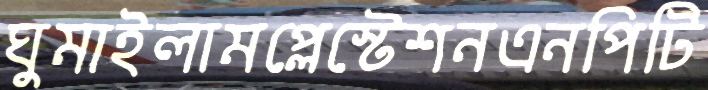
ঘুমাইলামপ্লেস্টেশনএনপিটি